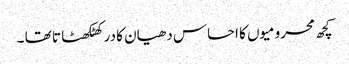
کچھ محرومیوں کا احساس دھیان کا در کھٹکھٹا تا تھا ۔